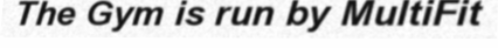
The Gym is run by MultiFit